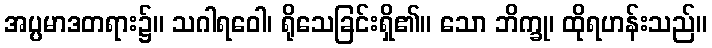
အပ္ပမာဒတရား၌။ သဂါရဝေါ၊ ရိုသေခြင်းရှိ၏။ သော ဘိက္ခု၊ ထိုရဟန်းသည်။